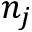
n _ { j }